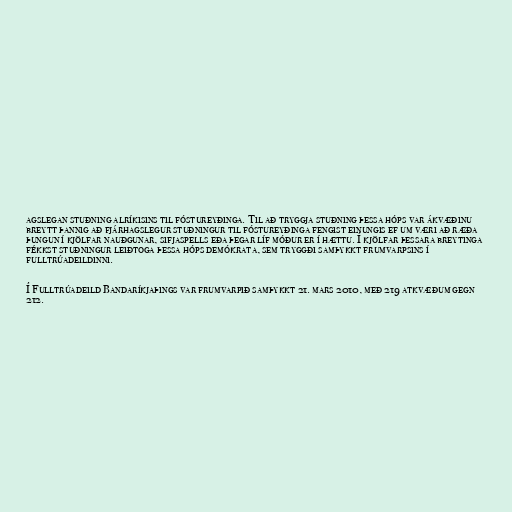
agslegan stuðning alríkisins til fóstureyðinga. Til að tryggja stuðning þessa hóps var ákvæðinu
breytt þannig að fjárhagslegur stuðningur til fóstureyðinga fengist einungis ef um væri að ræða
þungun í kjölfar nauðgunar, sifjaspells eða þegar líf móður er í hættu. Í kjölfar þessara breytinga
fékkst stuðningur leiðtoga þessa hóps demókrata, sem tryggði samþykkt frumvarpsins í
fulltrúadeildinni.

Í Fulltrúadeild Bandaríkjaþings var frumvarpið samþykkt 21. mars 2010, með 219 atkvæðum gegn
212.